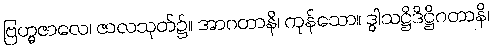
ဗြဟ္မဇာလေ၊ ဇာလသုတ်၌။ အာဂတာနိ၊ ကုန်သော။ ဒွါသဋ္ဌိဒိဋ္ဌိဂတာနိ၊